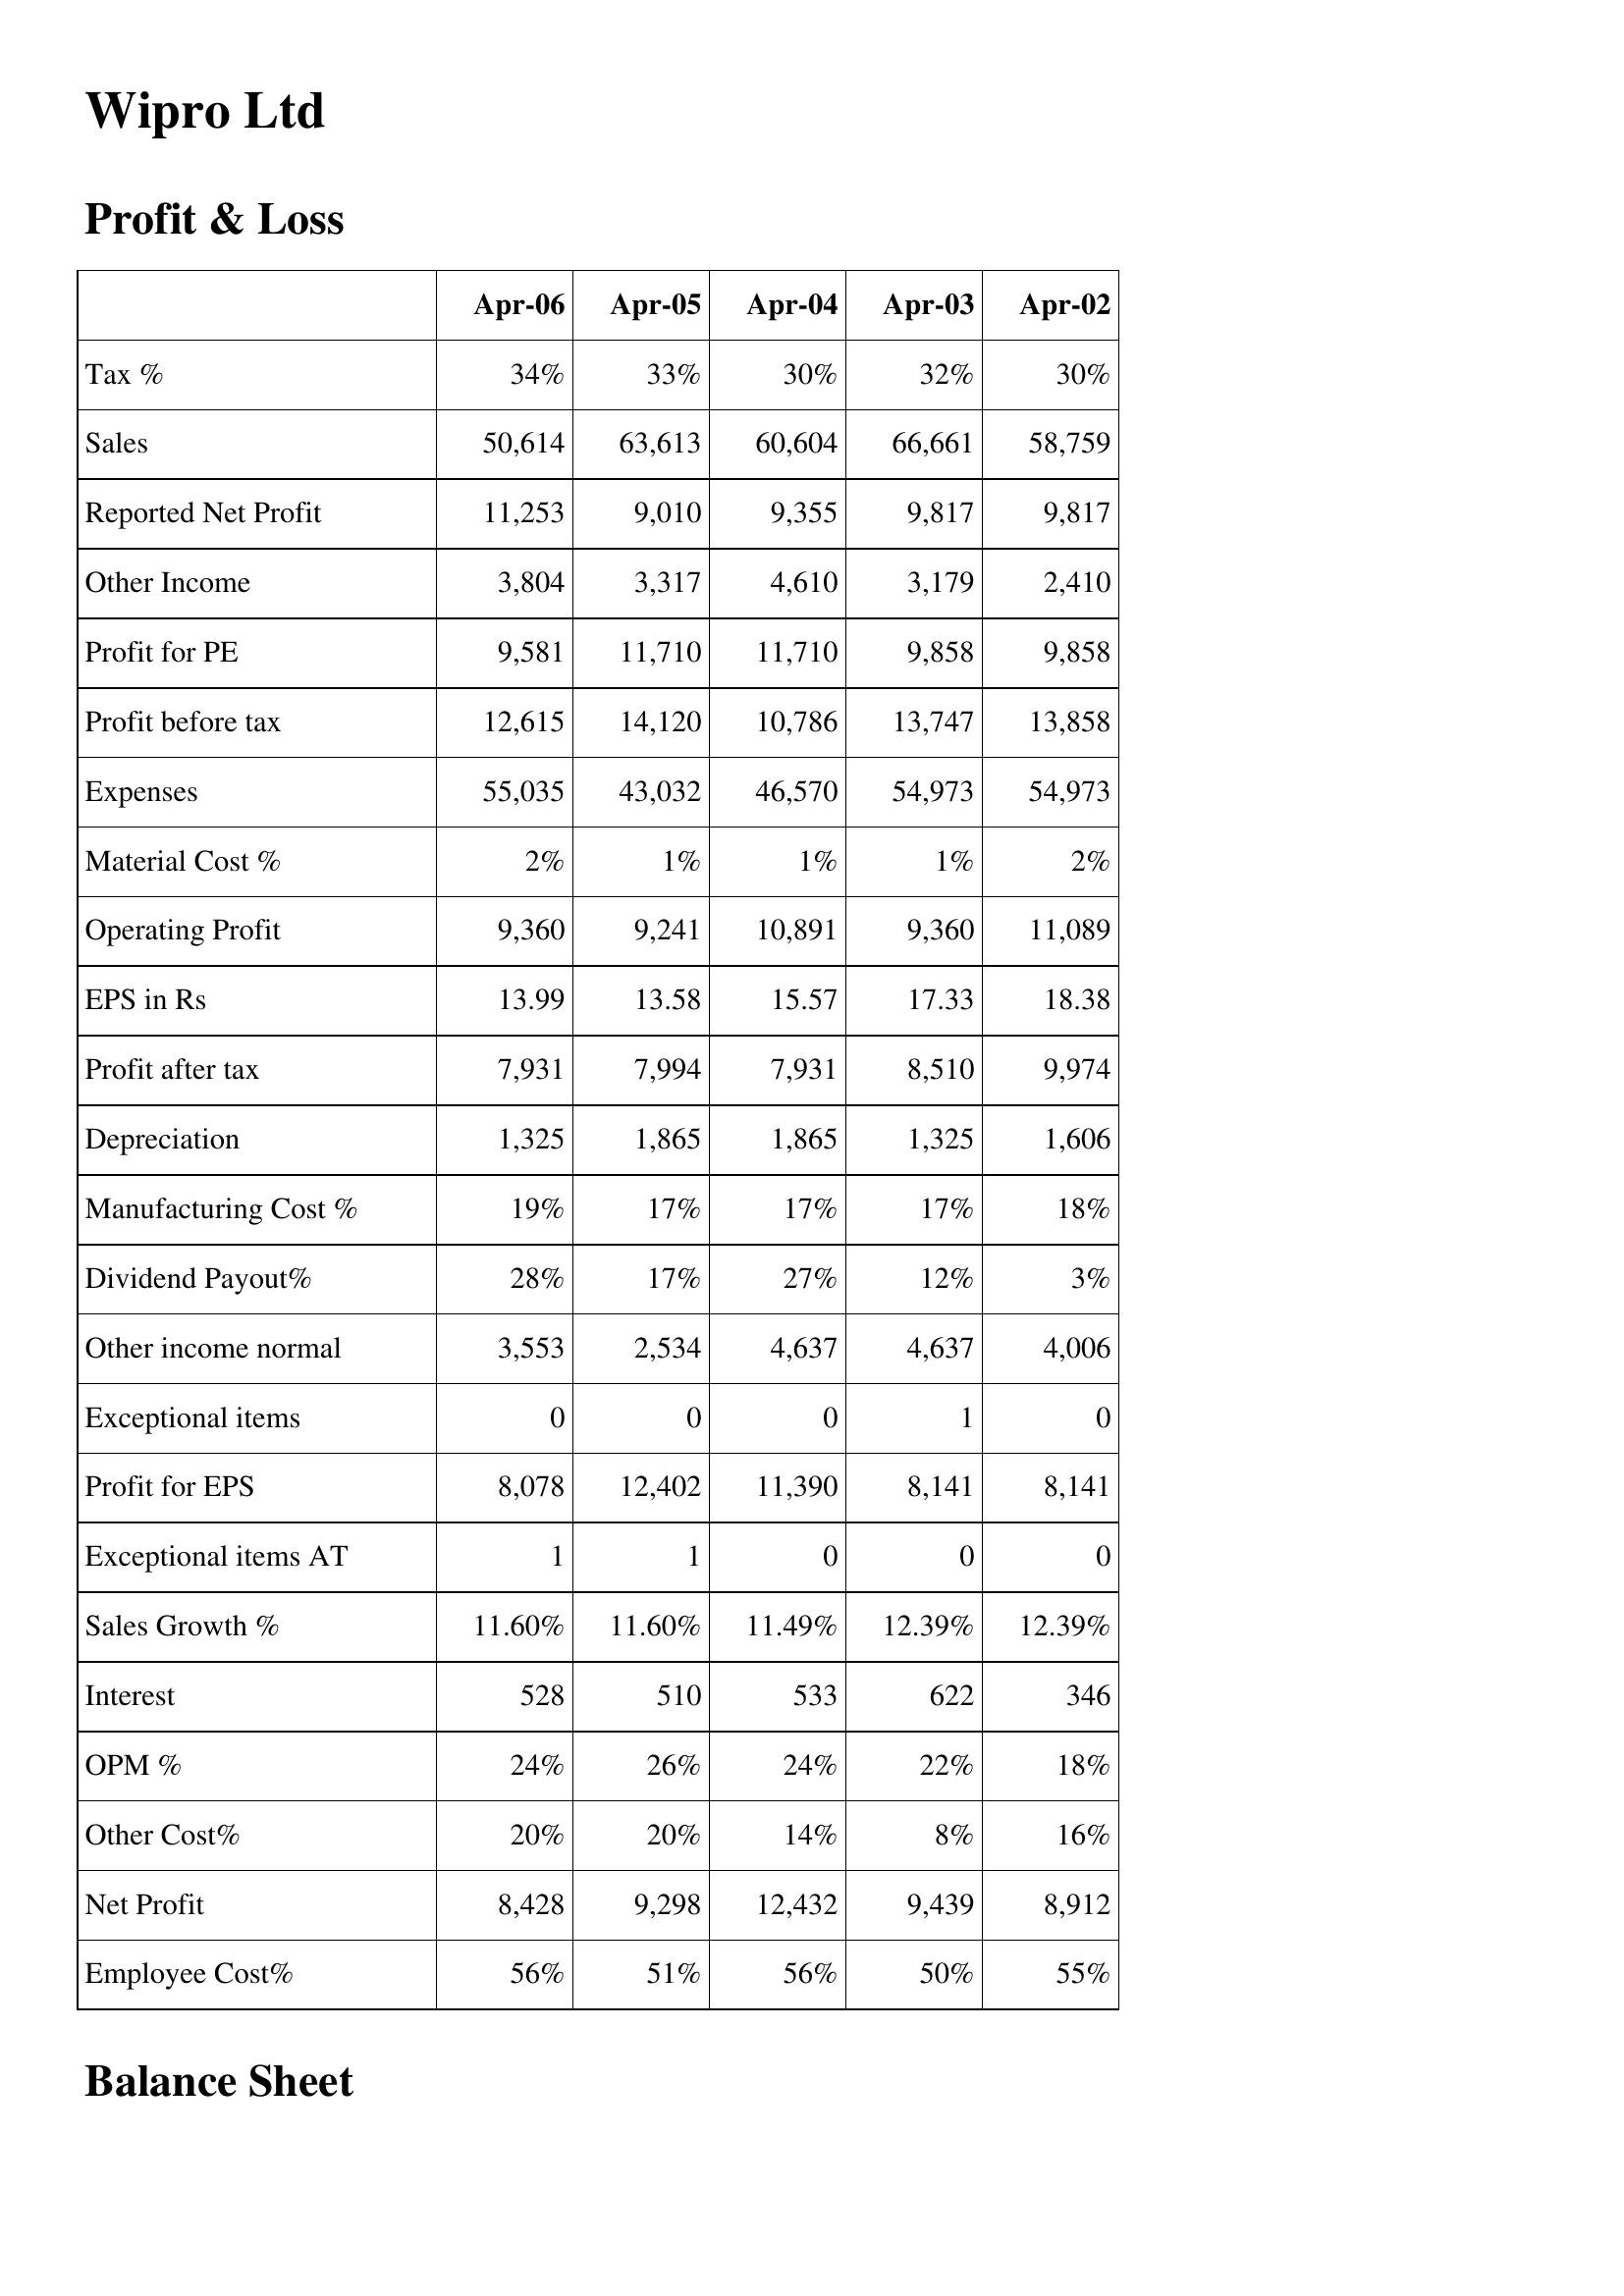
Apr-06: Profit & Loss: Tax %: 34%
Sales: 50,614
Reported Net Profit: 11,253
Other Income: 3,804
Profit for PE: 9,581
Profit before tax: 12,615
Expenses: 55,035
Material Cost %: 2%
Operating Profit: 9,360
EPS in Rs: 13.99
Profit after tax: 7,931
Depreciation: 1,325
Manufacturing Cost %: 19%
Dividend Payout%: 28%
Other income normal: 3,553
Exceptional items: 0
Profit for EPS: 8,078
Exceptional items AT: 1
Sales Growth %: 11.60%
Interest: 528
OPM %: 24%
Other Cost%: 20%
Net Profit: 8,428
Employee Cost%: 56%
Apr-05: Profit & Loss: Tax %: 33%
Sales: 63,613
Reported Net Profit: 9,010
Other Income: 3,317
Profit for PE: 11,710
Profit before tax: 14,120
Expenses: 43,032
Material Cost %: 1%
Operating Profit: 9,241
EPS in Rs: 13.58
Profit after tax: 7,994
Depreciation: 1,865
Manufacturing Cost %: 17%
Dividend Payout%: 17%
Other income normal: 2,534
Exceptional items: 0
Profit for EPS: 12,402
Exceptional items AT: 1
Sales Growth %: 11.60%
Interest: 510
OPM %: 26%
Other Cost%: 20%
Net Profit: 9,298
Employee Cost%: 51%
Apr-04: Profit & Loss: Tax %: 30%
Sales: 60,604
Reported Net Profit: 9,355
Other Income: 4,610
Profit for PE: 11,710
Profit before tax: 10,786
Expenses: 46,570
Material Cost %: 1%
Operating Profit: 10,891
EPS in Rs: 15.57
Profit after tax: 7,931
Depreciation: 1,865
Manufacturing Cost %: 17%
Dividend Payout%: 27%
Other income normal: 4,637
Exceptional items: 0
Profit for EPS: 11,390
Exceptional items AT: 0
Sales Growth %: 11.49%
Interest: 533
OPM %: 24%
Other Cost%: 14%
Net Profit: 12,432
Employee Cost%: 56%
Apr-03: Profit & Loss: Tax %: 32%
Sales: 66,661
Reported Net Profit: 9,817
Other Income: 3,179
Profit for PE: 9,858
Profit before tax: 13,747
Expenses: 54,973
Material Cost %: 1%
Operating Profit: 9,360
EPS in Rs: 17.33
Profit after tax: 8,510
Depreciation: 1,325
Manufacturing Cost %: 17%
Dividend Payout%: 12%
Other income normal: 4,637
Exceptional items: 1
Profit for EPS: 8,141
Exceptional items AT: 0
Sales Growth %: 12.39%
Interest: 622
OPM %: 22%
Other Cost%: 8%
Net Profit: 9,439
Employee Cost%: 50%
Apr-02: Profit & Loss: Tax %: 30%
Sales: 58,759
Reported Net Profit: 9,817
Other Income: 2,410
Profit for PE: 9,858
Profit before tax: 13,858
Expenses: 54,973
Material Cost %: 2%
Operating Profit: 11,089
EPS in Rs: 18.38
Profit after tax: 9,974
Depreciation: 1,606
Manufacturing Cost %: 18%
Dividend Payout%: 3%
Other income normal: 4,006
Exceptional items: 0
Profit for EPS: 8,141
Exceptional items AT: 0
Sales Growth %: 12.39%
Interest: 346
OPM %: 18%
Other Cost%: 16%
Net Profit: 8,912
Employee Cost%: 55%